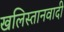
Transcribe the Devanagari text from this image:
खलिस्तानवादी